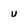
Character: v